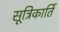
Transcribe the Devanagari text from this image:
सूत्रिकार्ति